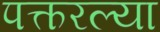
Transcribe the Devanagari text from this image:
पत्करल्या